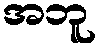
အဘူ